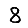
Digit: 8